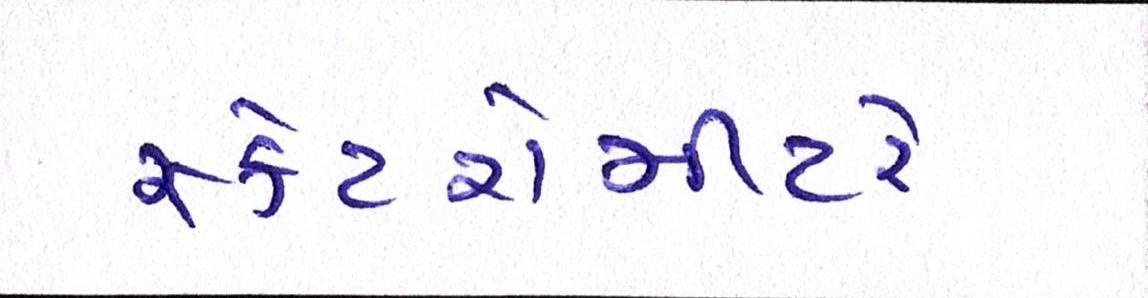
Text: સ્કેટરોમીટરે